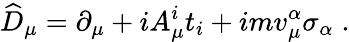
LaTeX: \widehat{D}_{\mu}=\partial_{\mu}+iA_{\mu}^{i}t_{i}+imv_{\mu}^{\alpha}\sigma_{\alpha}\; .